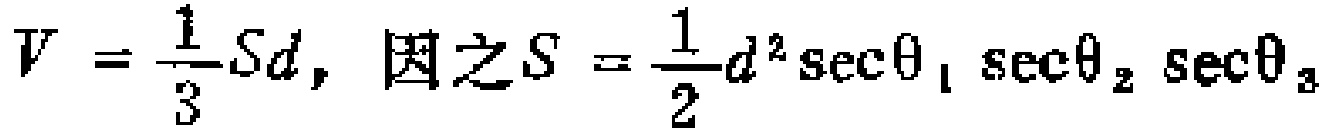
\[V = \frac{1}{3}Sd,\ 因之S = \frac{1}{2}d^{2}\sec\theta_{1} \sec\theta_{2} \sec\theta_{3}\]